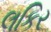
લકિર